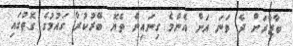
ބާޒާރަށް ދެ ވަނަ އަށް އެންމެ ގިނައިން ތެޔޮ ބޭރުކުރާ ގައުމުގެ ގޮތުގައި